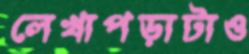
লেখাপড়াটাও